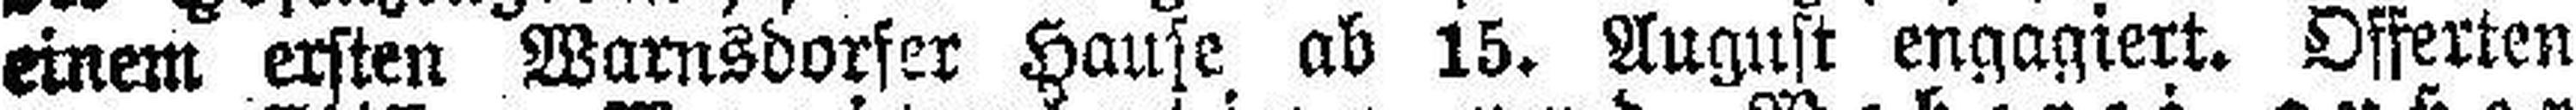
einem ersten Warnsdorfer Hause ab 15. August engagiert. Offerten